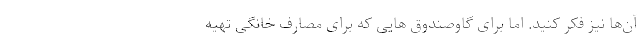
آن­ها نیز فکر کنید. اما برای گاوصندوق­ هایی که برای مصارف خانگی تهیه